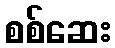
စစ်ဆေး